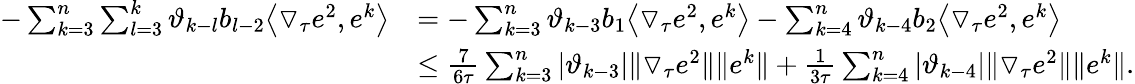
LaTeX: \begin{array}{rl}{-\sum_{k=3}^{n}\sum_{l=3}^{k}\vartheta_{k-l}b_{l-2}\big\langle\triangledown_{\tau}e^{2},e^{k}\big\rangle}&{=-\sum_{k=3}^{n}\vartheta_{k-3}b_{1}\big\langle\triangledown_{\tau}e^{2},e^{k}\big\rangle-\sum_{k=4}^{n}\vartheta_{k-4}b_{2}\big\langle\triangledown_{\tau}e^{2},e^{k}\big\rangle}\\ &{\le\frac{7}{6\tau}\sum_{k=3}^{n}|\vartheta_{k-3}|\| \triangledown_{\tau}e^{2}\| \| e^{k}\| +\frac{1}{3\tau}\sum_{k=4}^{n}|\vartheta_{k-4}|\| \triangledown_{\tau}e^{2}\| \| e^{k}\| .}\end{array}